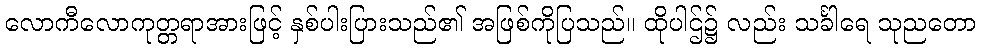
လောကီလောကုတ္တရာအားဖြင့် နှစ်ပါးပြားသည်၏ အဖြစ်ကိုပြသည်။ ထိုပါဌ်၌ လည်း သင်္ခါရေ သုညတော